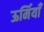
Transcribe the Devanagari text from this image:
ऊर्मियाँ